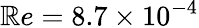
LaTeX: \mathbb{R}e=8.7\times10^{-4}